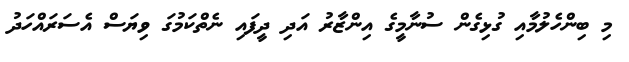
މި ބިންހެލުމާއި ގުޅިގެން ސުނާމީގެ އިންޒާރު އަދި ދީފައި ނެތްކަމުގަ ވިޔަސް އެސަރައްހަދު